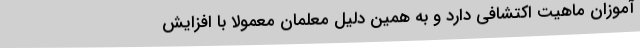
آموزان ماهیت اکتشافی دارد و به همین دلیل معلمان معمولا با افزایش